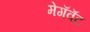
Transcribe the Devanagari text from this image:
मेगॅवॅट